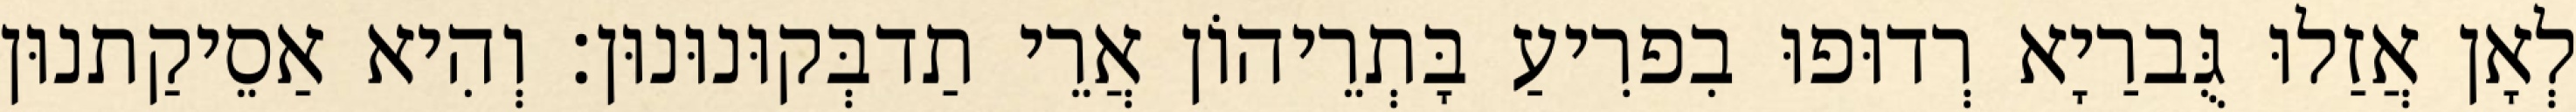
לְאָן אֲזַלוּ גֻּברַיָא רְדוּפוּ בִפרִיעַ בָּתְרֵיהוֹן אֲרֵי תַדבְּקוּנוּנוּן׃ וְהִיא אַסֵיקַתנוּן